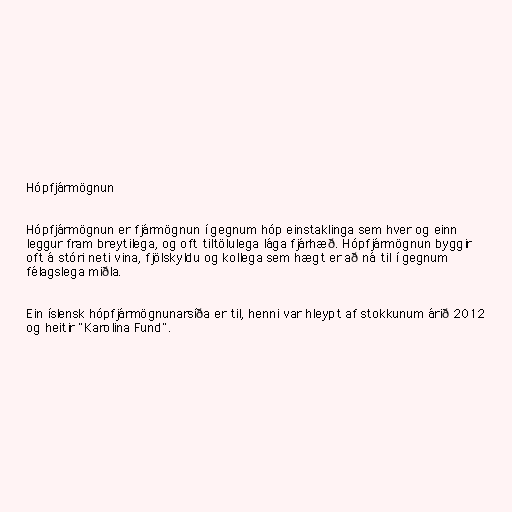
Hópfjármögnun

Hópfjármögnun er fjármögnun í gegnum hóp einstaklinga sem hver og einn
leggur fram breytilega, og oft tiltölulega lága fjárhæð. Hópfjármögnun byggir
oft á stóri neti vina, fjölskyldu og kollega sem hægt er að ná til í gegnum
félagslega miðla.

Ein íslensk hópfjármögnunarsíða er til, henni var hleypt af stokkunum árið 2012
og heitir "Karolina Fund".